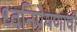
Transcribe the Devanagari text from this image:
ध्वनिप्रेषणाची